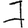
Digit: 7